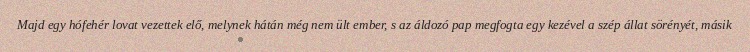
Majd egy hófehér lovat vezettek elő, melynek hátán még nem ült ember, s az áldozó pap megfogta egy kezével a szép állat sörényét, másik